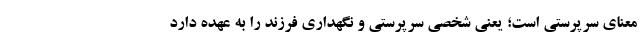
معنای سرپرستی است؛ یعنی شخصی سرپرستی و نگهداری فرزند را به عهده دارد